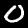
Digit: 0